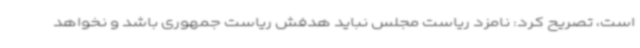
است، تصریح کرد: نامزد ریاست مجلس نباید هدفش ریاست جمهوری باشد و نخواهد